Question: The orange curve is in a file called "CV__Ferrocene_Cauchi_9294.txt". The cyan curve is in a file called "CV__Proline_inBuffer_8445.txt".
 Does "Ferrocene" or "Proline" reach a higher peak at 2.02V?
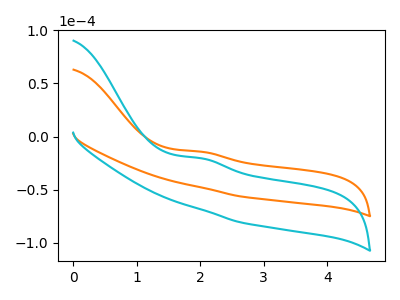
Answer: <think>The orange curve "Ferrocene" has an anodic peak at: (2.00V, -14.30uA). The cyan curve "Proline" has an anodic peak at: (2.00V, -20.45uA).</think>
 <answer>The peak at 2.02V is higher in "Ferrocene" than in "Proline".</answer>
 <eval>higher</eval>